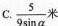
3.\frac{5}{9 \sin \alpha} 米